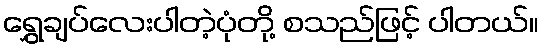
ရွှေချပ်လေးပါတဲ့ပုံတို့ စသည်ဖြင့် ပါတယ်။